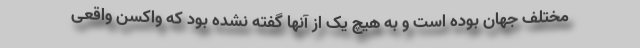
مختلف جهان بوده است و به هیچ یک از آنها گفته نشده بود که واکسن واقعی